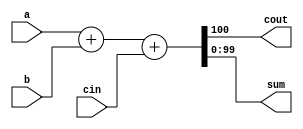
module top_module( 
    input [99:0] a, b,
    input cin,
    output cout,
    output [99:0] sum );
    
    wire [100:0] sum1; 
    assign sum1 = a + b + cin;
    assign sum = sum1[99:0];
    assign cout = sum1[100];
endmodule